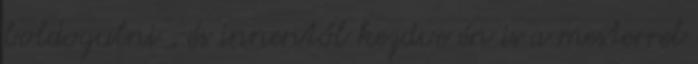
boldogulni , és innentől kezdve én is a mesterrel